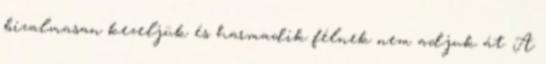
bizalmasan kezeljük és harmadik félnek nem adjuk át. A